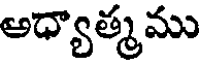
అధ్యాత్మము